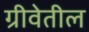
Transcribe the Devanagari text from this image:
ग्रीवेतील